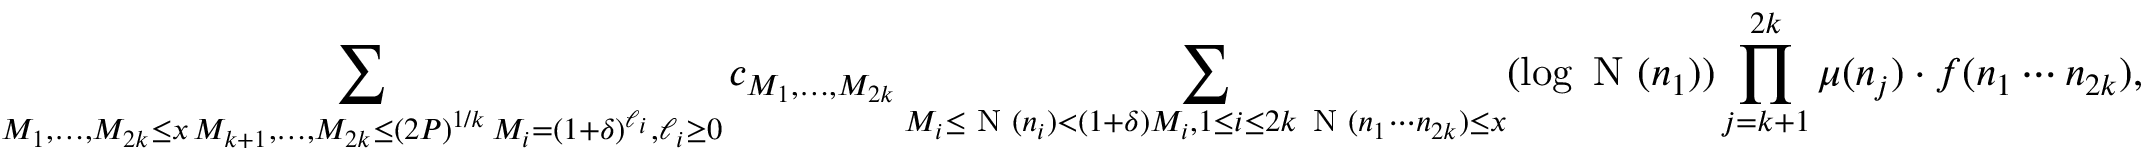
\sum _ { \substack { M _ { 1 } , \ldots , M _ { 2 k } \leq x \, M _ { k + 1 } , \ldots , M _ { 2 k } \leq ( 2 P ) ^ { 1 / k } \, M _ { i } = ( 1 + \delta ) ^ { \ell _ { i } } , \ell _ { i } \geq 0 } } c _ { M _ { 1 } , \ldots , M _ { 2 k } } \sum _ { \substack { M _ { i } \leq \textnormal { N } ( n _ { i } ) < ( 1 + \delta ) M _ { i } , 1 \le i \le 2 k \, \textnormal { N } ( n _ { 1 } \cdots n _ { 2 k } ) \leq x } } ( \log \textnormal { N } ( n _ { 1 } ) ) \prod _ { j = k + 1 } ^ { 2 k } \mu ( n _ { j } ) \cdot f ( n _ { 1 } \cdots n _ { 2 k } ) ,